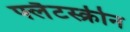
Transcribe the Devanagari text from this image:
फ्लैटस्क्रीन